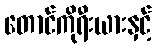
တောင်ကိုရီးယားနှင့်